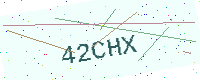
Text: 42CHX